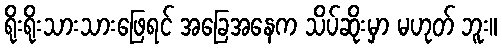
ရိုးရိုးသားသားဖြေရင် အခြေအနေက သိပ်ဆိုးမှာ မဟုတ် ဘူး။